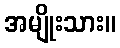
အမျိုးသား။